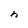
Character: h